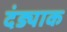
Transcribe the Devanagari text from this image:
दंड्याक